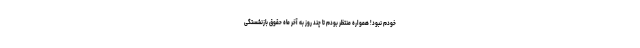
خودم نبود! همواره منتظر بودم تا چند روز به آخر ماه حقوق بازنشستگی